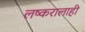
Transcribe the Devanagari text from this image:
लष्करालाही